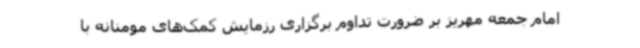
امام جمعه مهریز بر ضرورت تداوم برگزاری رزمایش کمک‌های مومنانه با